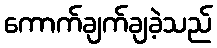
ကောက်ချက်ချခဲ့သည်